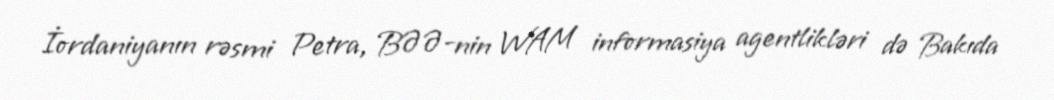
İordaniyanın rəsmi Petra, BƏƏ-nin WAM informasiya agentlikləri də Bakıda